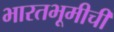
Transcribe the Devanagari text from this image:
भारतभूमीची